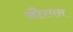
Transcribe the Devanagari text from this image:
नौरमन